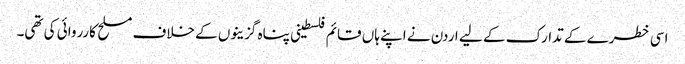
اسی خطرے کے تدارک کے لیے اردن نے اپنے ہاں قائم فلسطینی پناہ گزینوں کے خلاف مسلح کارروائی کی تھی۔